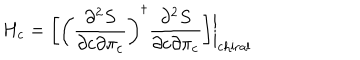
H _ { c } = \bigg [ \left( { \frac { \partial ^ { 2 } S } { \partial c \partial \pi _ { c } } } \right) ^ { \dagger } { \frac { \partial ^ { 2 } S } { \partial c \partial \pi _ { c } } } \bigg ] \bigg | _ { \mathrm { c h i r a l } }